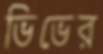
ভিভের